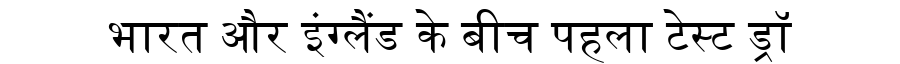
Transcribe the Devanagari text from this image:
भारत और इंग्लैंड के बीच पहला टेस्ट ड्रॉ